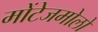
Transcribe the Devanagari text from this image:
मोंटेजमोलो